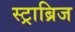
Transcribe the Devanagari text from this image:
स्ट्राब्रिज